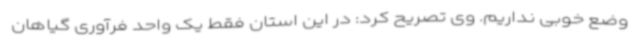
وضع خوبی نداریم. وی تصریح کرد: در این استان فقط یک واحد فرآوری گیاهان